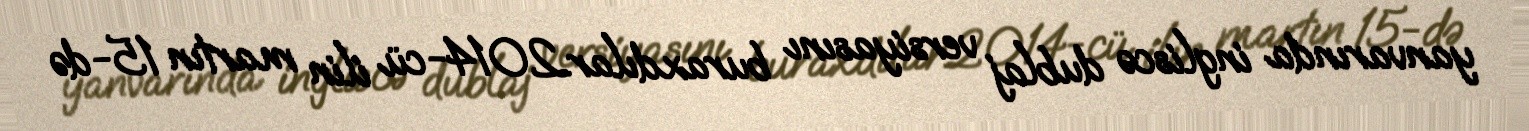
yanvarında ingliscə dublaj versiyasını buraxdılar.2014-cü ilin martın 15-də